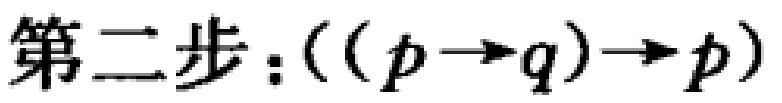
第二步：\(((p\rightarrow q)\rightarrow p)\)